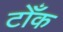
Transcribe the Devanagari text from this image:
टोँक